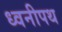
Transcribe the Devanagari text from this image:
ध्वनीपथ